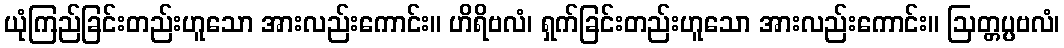
ယုံကြည်ခြင်းတည်းဟူသော အားလည်းကောင်း။ ဟိရိဗလံ၊ ရှက်ခြင်းတည်းဟူသော အားလည်းကောင်း။ ဩတ္တပ္ပဗလံ၊